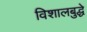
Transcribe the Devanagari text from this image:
विशालबुद्धे